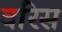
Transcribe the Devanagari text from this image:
वरिस